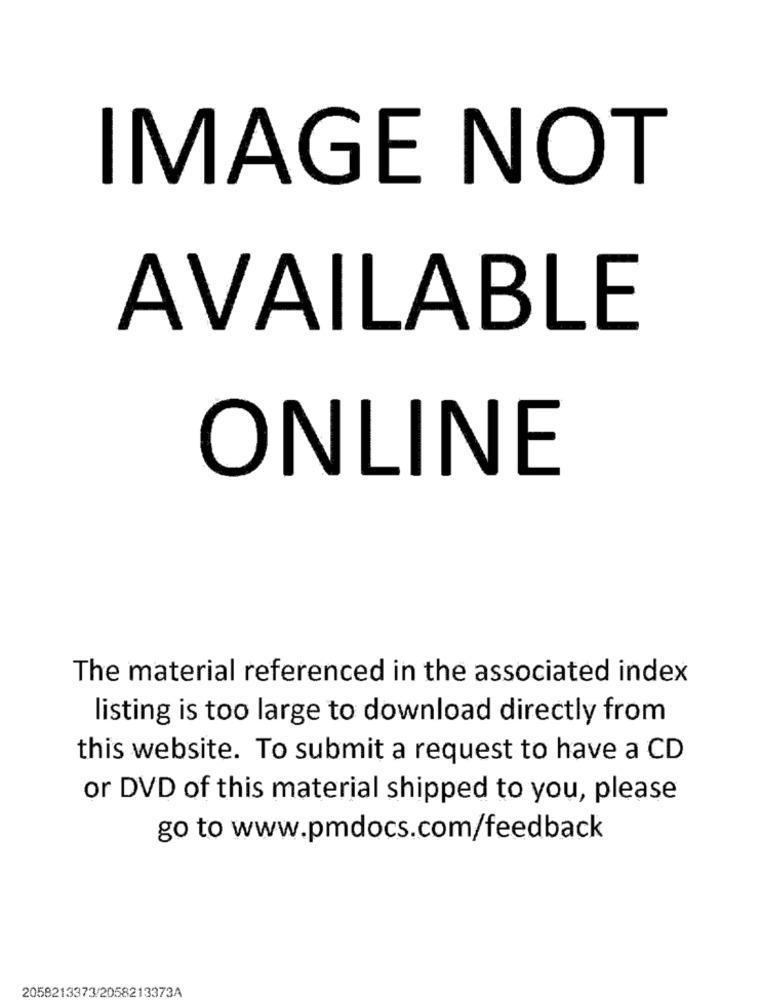
IMAGE NOT
AVAILABLE
ONLINE
The material referenced in the associated index
listing is too large to download directly from
this website. To submit a request to have a CD
or DVD of this material shipped to you, please
go to www.pmdocs.com/feedback
2058213373/2058213373A